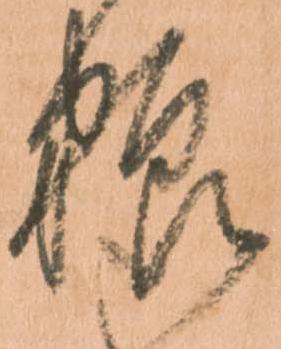
粮